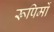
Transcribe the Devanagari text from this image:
रूपिमों